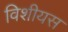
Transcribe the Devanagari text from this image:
विशीयस